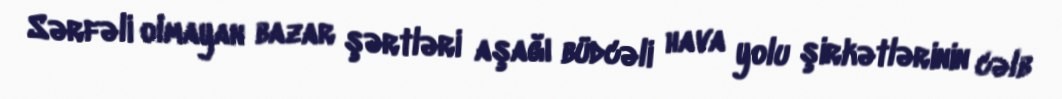
Sərfəli olmayan bazar şərtləri aşağı büdcəli hava yolu şirkətlərinin cəlb